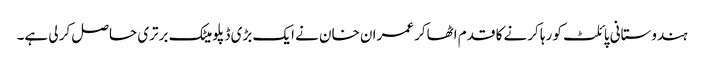
ہندوستانی پائلٹ کو رہا کرنے کا قدم اٹھاکر عمران خان نے ایک بڑی ڈپلومیٹک برتری حاصل کر لی ہے۔